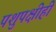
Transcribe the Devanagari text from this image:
पशुपक्षीही